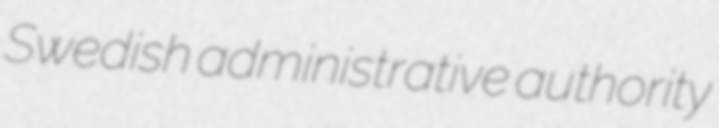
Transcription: Swedish administrative authority